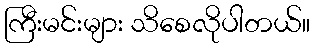
ကြီးမင်းများ သိစေလိုပါတယ်။